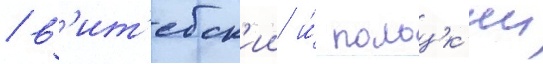
/ в'ит'ебск'ии и́ полоцк'ии